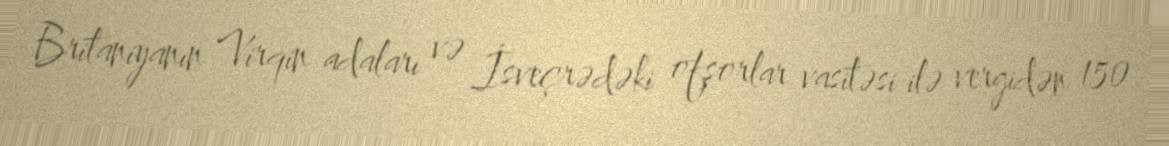
Britaniyanın Virqin adaları və İsveçrədəki ofşorlar vasitəsi ilə vergidən 150